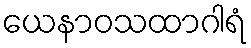
ယေနာဝသထာဂါရံ